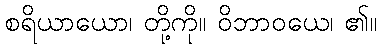
စရိယာယော၊ တို့ကို။ ဝိဘာဝယေ၊ ၏။